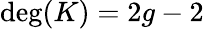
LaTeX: \deg(K)=2g-2